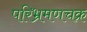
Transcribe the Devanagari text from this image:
परिभ्रमणचक्र